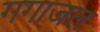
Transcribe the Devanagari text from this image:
गगाजल